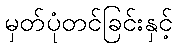
မှတ်ပုံတင်ခြင်းနှင့်